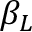
\beta _ { L }